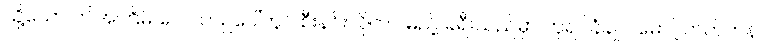
သို့သော် ဤအကြိမ် လေယာဉ်ပေါ်တွင် စီးနင်းလိုက်ပါမည့် ခရီးသည်မှာ ဘုရင်ခံချုပ် မောင့်ဘက်တန်